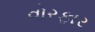
વોરફાર